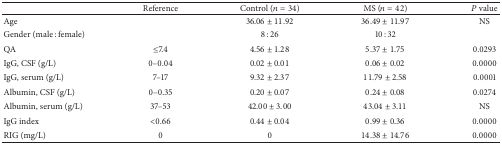
|  | Reference | Control (n = 34) | MS (n = 42) | P value |
 | --- | --- | --- | --- | --- |
 | Age |  | 36.06 ± 11.92 | 36.49 ± 11.97 | NS |
 | Gender (male : female) |  | 8 : 26 | 10 : 32 |  |
 | QA | ≤7.4 | 4.56 ± 1.28 | 5.37 ± 1.75 | 0.0293 |
 | IgG, CSF (g/L) | 0–0.04 | 0.02 ± 0.01 | 0.06 ± 0.02 | 0.0000 |
 | IgG, serum (g/L) | 7–17 | 9.32 ± 2.37 | 11.79 ± 2.58 | 0.0001 |
 | Albumin, CSF (g/L) | 0–0.35 | 0.20 ± 0.07 | 0.24 ± 0.08 | 0.0274 |
 | Albumin, serum (g/L) | 37–53 | 42.00 ± 3.00 | 43.04 ± 3.11 | NS |
 | IgG index | <0.66 | 0.44 ± 0.04 | 0.99 ± 0.36 | 0.0000 |
 | RIG (mg/L) | 0 | 0 | 14.38 ± 14.76 | 0.0000 |